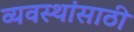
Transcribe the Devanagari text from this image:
व्यवस्थांसाठी